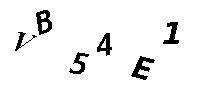
VB54E1